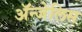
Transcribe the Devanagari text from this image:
ॲन्जेलिस